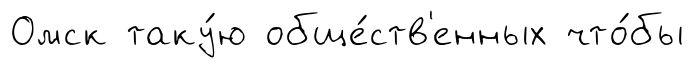
Омск таку́ю обще́ств'енных что́бы